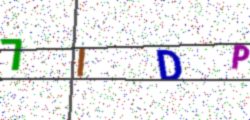
Text: 7IDP